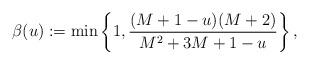
LaTeX: \begin{align*} \beta(u) := \min \left\{ 1, \frac{(M + 1 - u)(M + 2)}{M^2 + 3M + 1 - u} \right\},\end{align*}